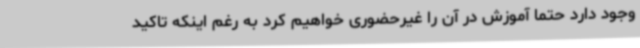
وجود دارد حتما آموزش در آن را غیرحضوری خواهیم کرد به رغم اینکه تاکید